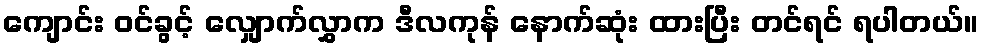
ကျောင်း ဝင်ခွင့် လျှောက်လွှာက ဒီလကုန် နောက်ဆုံး ထားပြီး တင်ရင် ရပါတယ်။